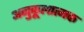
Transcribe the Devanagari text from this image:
अनुकूलात्मक